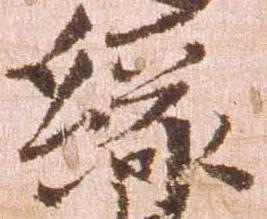
縁